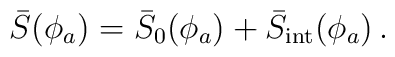
\bar{S}(\phi_a)=\bar{S}_0(\phi_a)+\bar{S}_{\rm int}(\phi_a)\,.